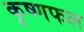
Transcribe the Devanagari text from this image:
कृष्णफल